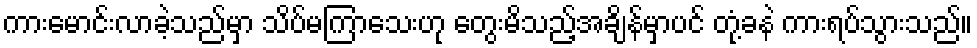
ကားမောင်းလာခဲ့သည်မှာ သိပ်မကြာသေးဟု တွေးမိသည့်အချိန်မှာပင် တုံ့ခနဲ ကားရပ်သွားသည်။